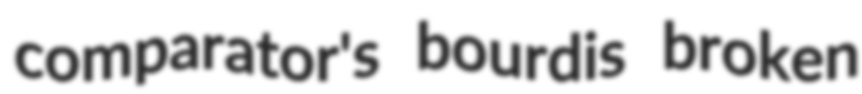
comparator's bourdis broken